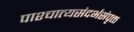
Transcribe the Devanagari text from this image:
पाश्चात्यसंदर्भसंपृक्त